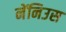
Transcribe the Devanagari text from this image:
नेंनिउस